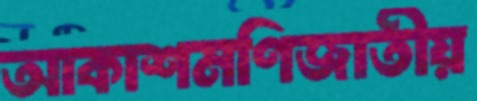
আকাশমণিজাতীয়